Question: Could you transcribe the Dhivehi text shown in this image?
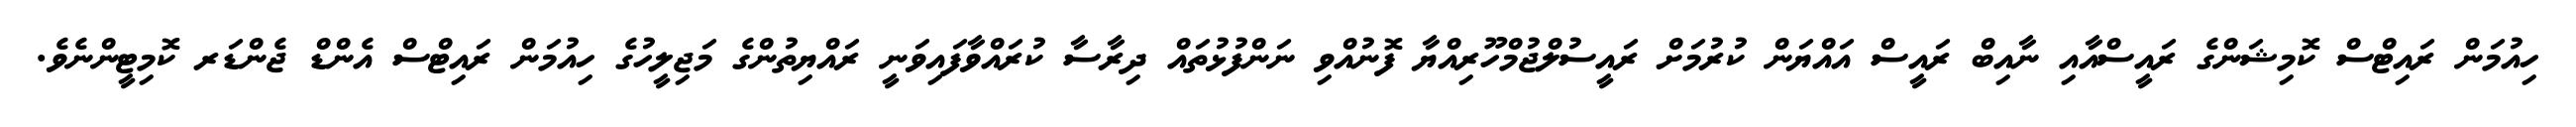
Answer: ހިއުމަން ރައިޓްސް ކޮމިޝަންގެ ރައީސްއާއި ނާއިބް ރައީސް އައްޔަން ކުރުމަށް ރައީސުލްޖުމްހޫރިއްޔާ ފޮނުއްވި ނަންފުޅުތައް ދިރާސާ ކުރައްވާފައިވަނީ ރައްޔިތުންގެ މަޖިލީހުގެ ހިއުމަން ރައިޓްސް އެންޑް ޖެންޑަރ ކޮމިޓީންނެވެ.